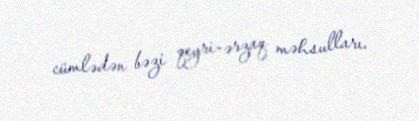
cümlədən bəzi qeyri-ərzaq məhsulları.